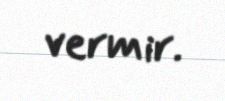
vermir.